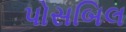
પોસબિલ